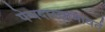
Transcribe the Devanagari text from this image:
पेचदारवामावर्त